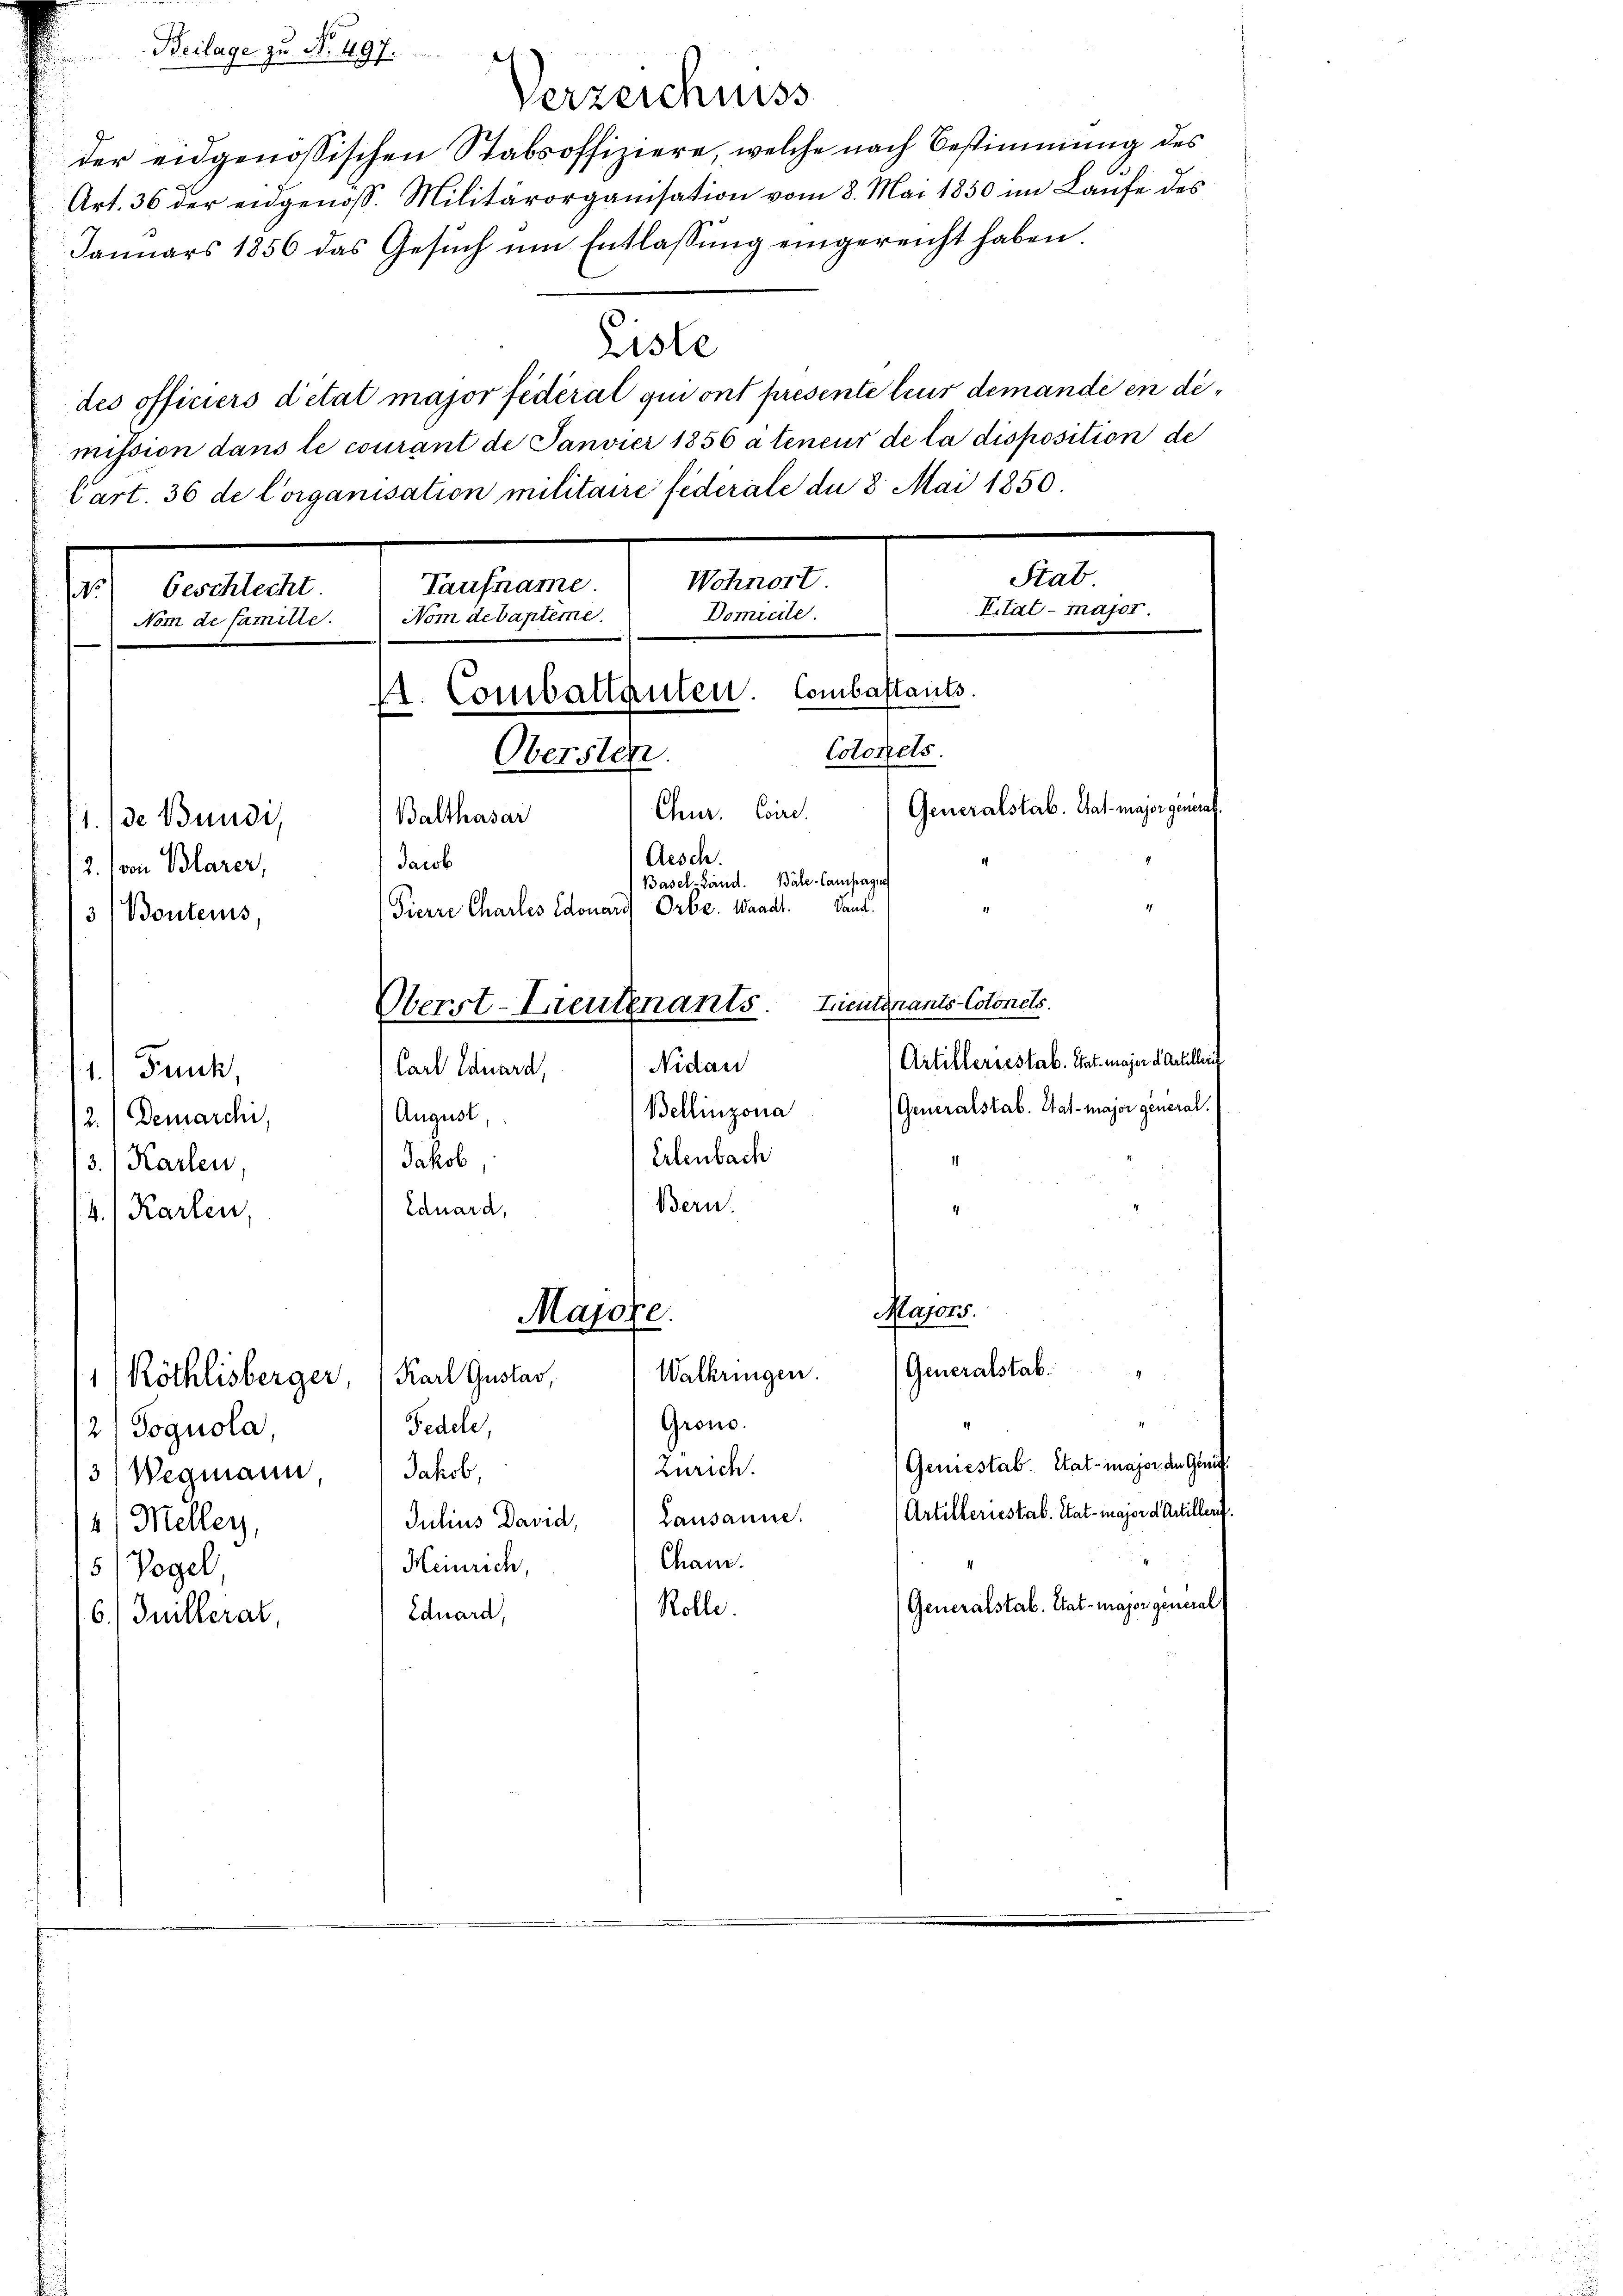
der eidgenössischen Stabsoffiziere, welche nach Bestimmung des
Art. 36 der eidgenos. Militärorganisation vom 8. Mai 1850 im Laŭfe des
Januars 1856 das Gesŭch ŭm Entlassŭng eingereicht haben.
Liste
des officiers détat major fiderat qui ont presente leur demande en dimission dans le courant de Janvier 1856 à teneur de la disposition de
Cart. 36 de Corganisation militaire federale du 8 Mai 1850.

Stab
Wohnort
Taufname.
1
beschlecht.
Eital-Major.
Domicile.
Nom debapteme.
Nom de familie.
Combastants.
1t. Combattanten.
Colorels.
Obersten.
Generalstab. Hat major general.
Chur, Coire.
Balthasar
1. (de Bundi,
Aesch.
Jacob
2. (von Blarer,
Basel-Land. Bale-Campagn
Pierre Chartes Edouary Orbe. Waadt. Dana
3/Bonters
Lieutnants-Colonels.
Oberst-Lieutnants.
Artilleriestab. Tat majora Artillet
Nidau
Carl Eduard,
1.) Druck,

2.) Demarchi,
3.) Karlen,
4.) Karlen

11/ Röthlisberger, Karl Gustav,
2; Pognola,
3 Wegmann, Jakob,
14.) Meller,
5 Vogel,

Beilage zu N. 497.

Guillerat,

Generalstab. Hat-Major general.
Bellinzona
August,
Erlenbach
Jakob,
Bern.
Eduard,
Mayons.
Majore.
Generalstab.
e
Walkringen.
Gron.
Fedele,
Geniestab. Hat-Major de Genit
Zürich.
Artilleriestab. Stat major d Artillen.
Julius David, Lausanne.
Cham.
Heinrich,
Generalstab. Tat major general
Rolle.
Eduard,

Verzeichniss